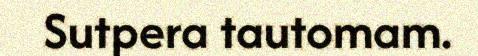
Sutpera tautomam.